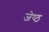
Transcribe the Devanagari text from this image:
जेष्‍ठ